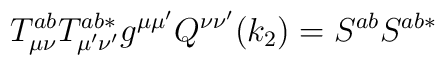
T_{\mu \nu }^{ab}T_{\mu ^{\prime }\nu ^{\prime }}^{ab*}g^{\mu \mu ^{\prime}}Q^{\nu \nu ^{\prime }}(k_2)=S^{ab}S^{ab*}